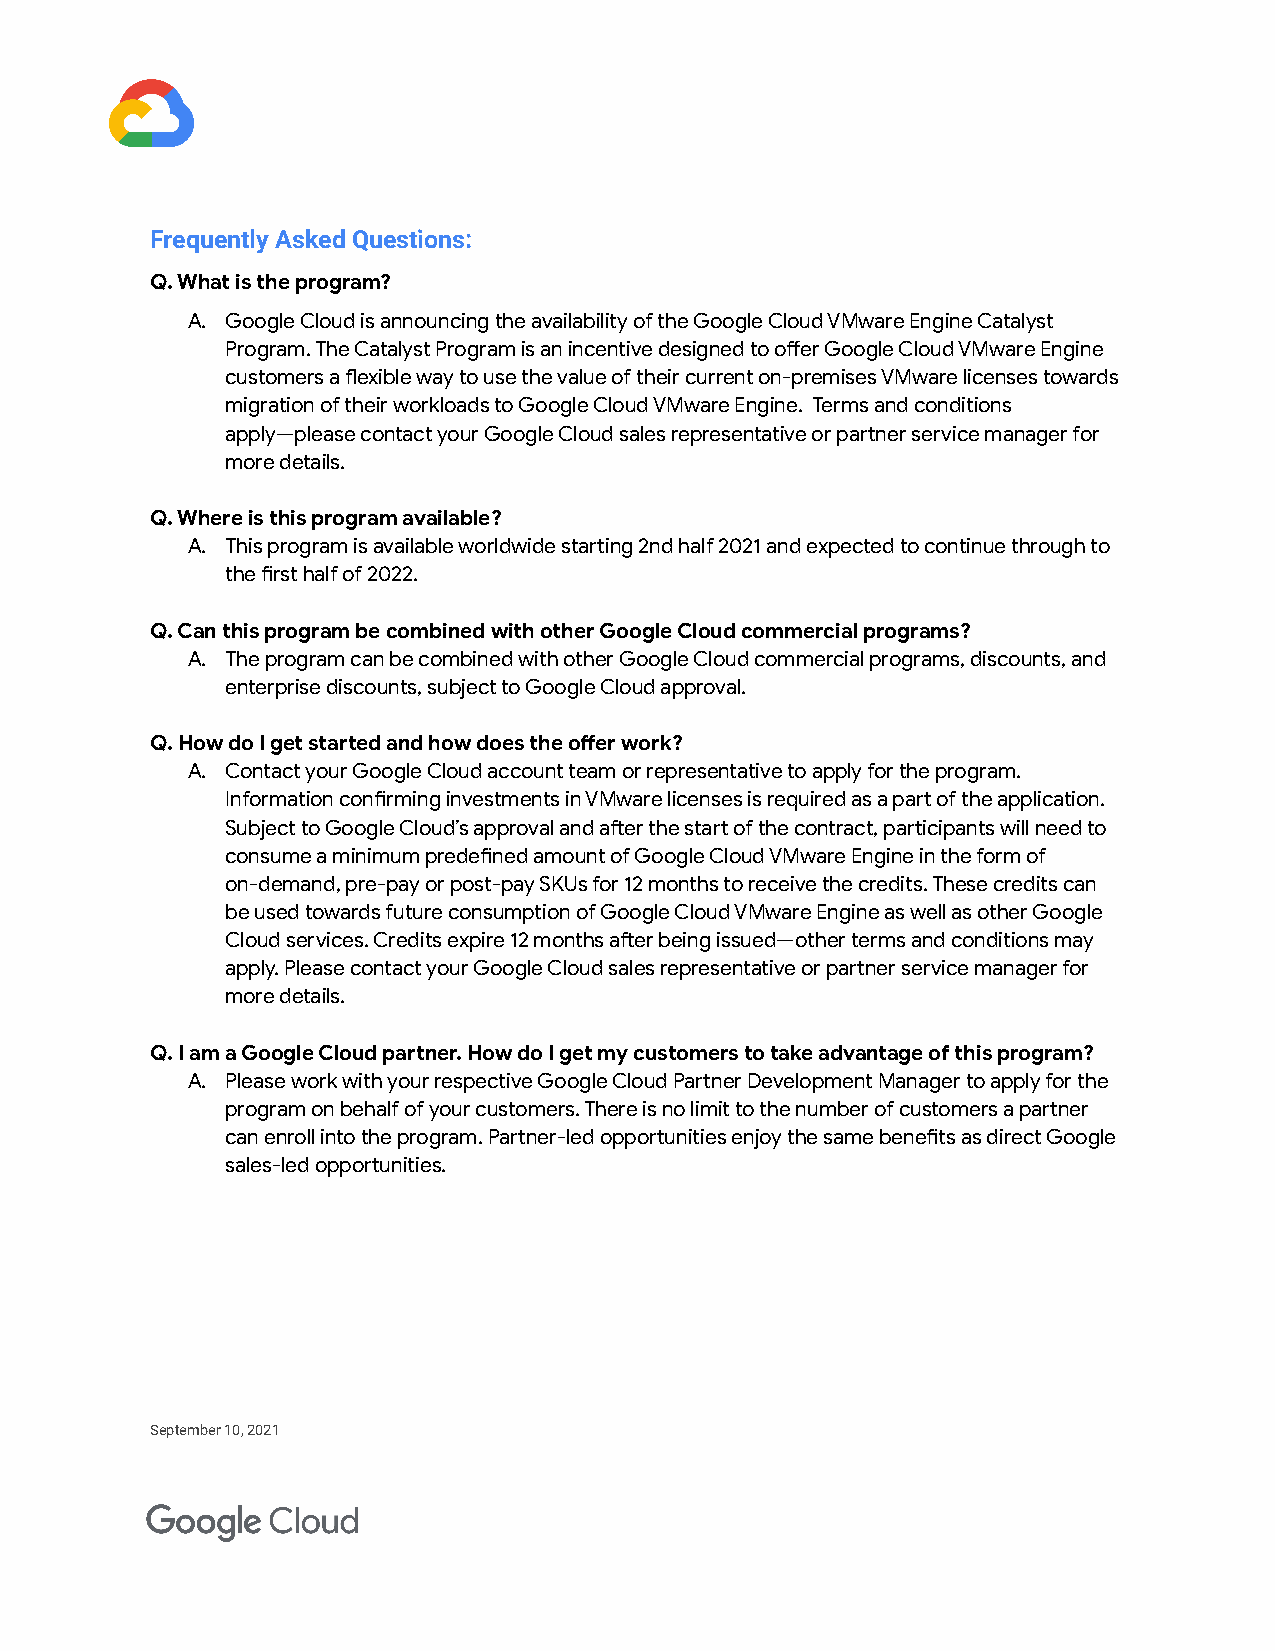
Frequently Asked Questions:
 Q. What is the program?
 A. Google Cloud is announcing the availability of the Google Cloud VMware Engine Catalyst
 Program. The Catalyst Program is an incentive designed to oer Google Cloud VMware Engine
 customers a exible way to use the value of their current on-premises VMware licenses towards
 migration of their workloads to Google Cloud VMware Engine. Terms and conditions
 apply—please contact your Google Cloud sales representative or paner service manager for
 more details.
 Q. Where is this program available?
 A. This program is available worldwide staing 2nd half 2021 and expected to continue through to
 the rst half of 2022.
 Q. Can this program be combined with other Google Cloud commercial programs?
 A. The program can be combined with other Google Cloud commercial programs, discounts, and
 enterprise discounts, subject to Google Cloud approval.
 Q. How do I get staed and how does the oer work?
 A. Contact your Google Cloud account team or representative to apply for the program.
 Information conrming investments in VMware licenses is required as a pa of the application.
 Subject to Google Cloud’s approval and aer the sta of the contract, paicipants will need to
 consume a minimum predened amount of Google Cloud VMware Engine in the form of
 on-demand, pre-pay or post-pay SKUs for 12 months to receive the credits. These credits can
 be used towards future consumption of Google Cloud VMware Engine as well as other Google
 Cloud services. Credits expire 12 months aer being issued—other terms and conditions may
 apply. Please contact your Google Cloud sales representative or paner service manager for
 more details.
 Q. I am a Google Cloud paner. How do I get my customers to take advantage of this program?
 A. Please work with your respective Google Cloud Paner Development Manager to apply for the
 program on behalf of your customers. There is no limit to the number of customers a paner
 can enroll into the program. Paner-led oppounities enjoy the same benets as direct Google
 sales-led oppounities.
 September 10, 2021